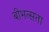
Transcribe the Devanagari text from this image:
बीभत्सता